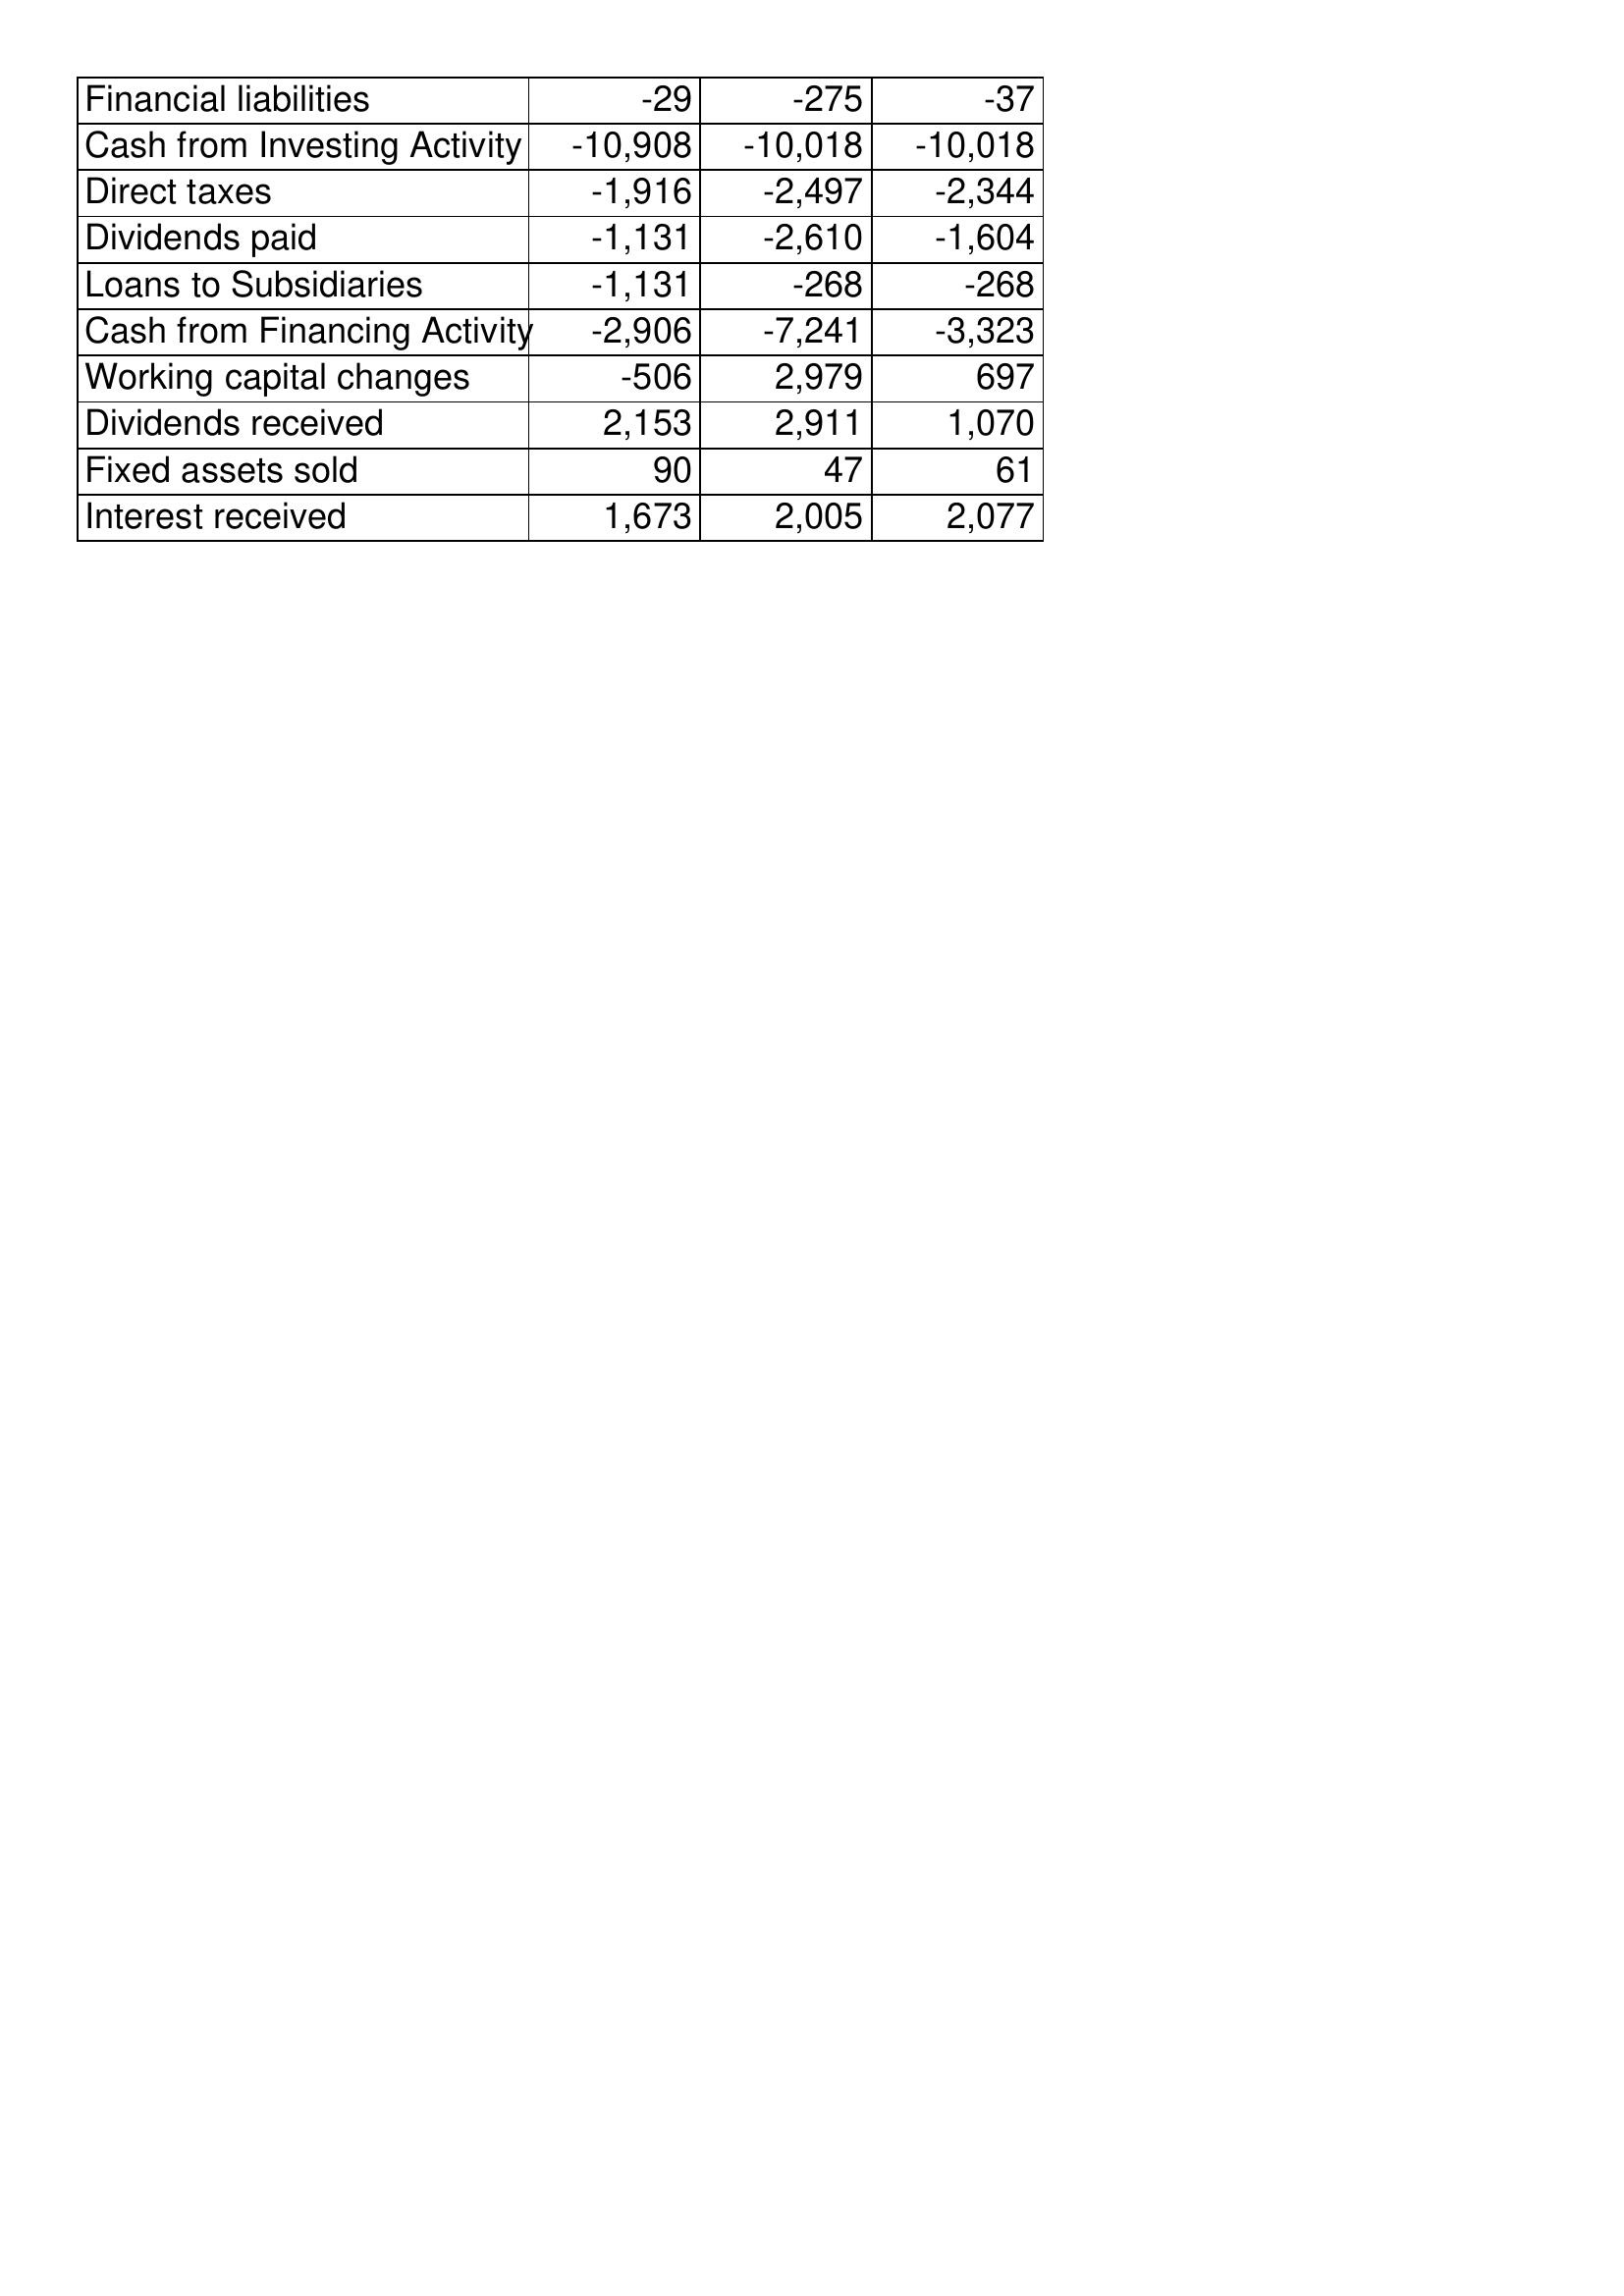
Apr-13: Cash Flows: Financial liabilities: -29
Cash from Investing Activity: -10,908
Direct taxes: -1,916
Dividends paid: -1,131
Loans to Subsidiaries: -1,131
Cash from Financing Activity: -2,906
Working capital changes: -506
Dividends received: 2,153
Fixed assets sold: 90
Interest received: 1,673
Apr-12: Cash Flows: Financial liabilities: -275
Cash from Investing Activity: -10,018
Direct taxes: -2,497
Dividends paid: -2,610
Loans to Subsidiaries: -268
Cash from Financing Activity: -7,241
Working capital changes: 2,979
Dividends received: 2,911
Fixed assets sold: 47
Interest received: 2,005
Apr-11: Cash Flows: Financial liabilities: -37
Cash from Investing Activity: -10,018
Direct taxes: -2,344
Dividends paid: -1,604
Loans to Subsidiaries: -268
Cash from Financing Activity: -3,323
Working capital changes: 697
Dividends received: 1,070
Fixed assets sold: 61
Interest received: 2,077